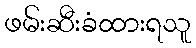
ဖမ်းဆီးခံထားရသူ